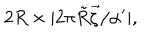
2 R \times | 2 \pi \tilde { R } \vec { \zeta } / \alpha ^ { \prime } | ,